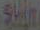
Skin